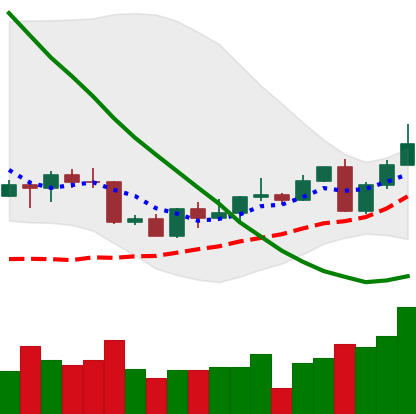
Ticker: LINK-USD
Chart end date: 2022-09-09
Forward return: -3.77%
Label: down_3_5